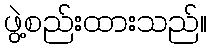
ဖွဲ့စည်းထားသည်။